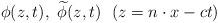
LaTeX: \begin{align*}\phi(z,t),\ \widetilde{\phi}(z,t)\ \ (z=n\cdot x-ct)\end{align*}